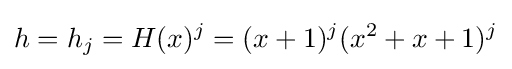
h=h_{j}=H(x)^{j}=(x+1)^{j}(x^{2}+x+1)^{j}